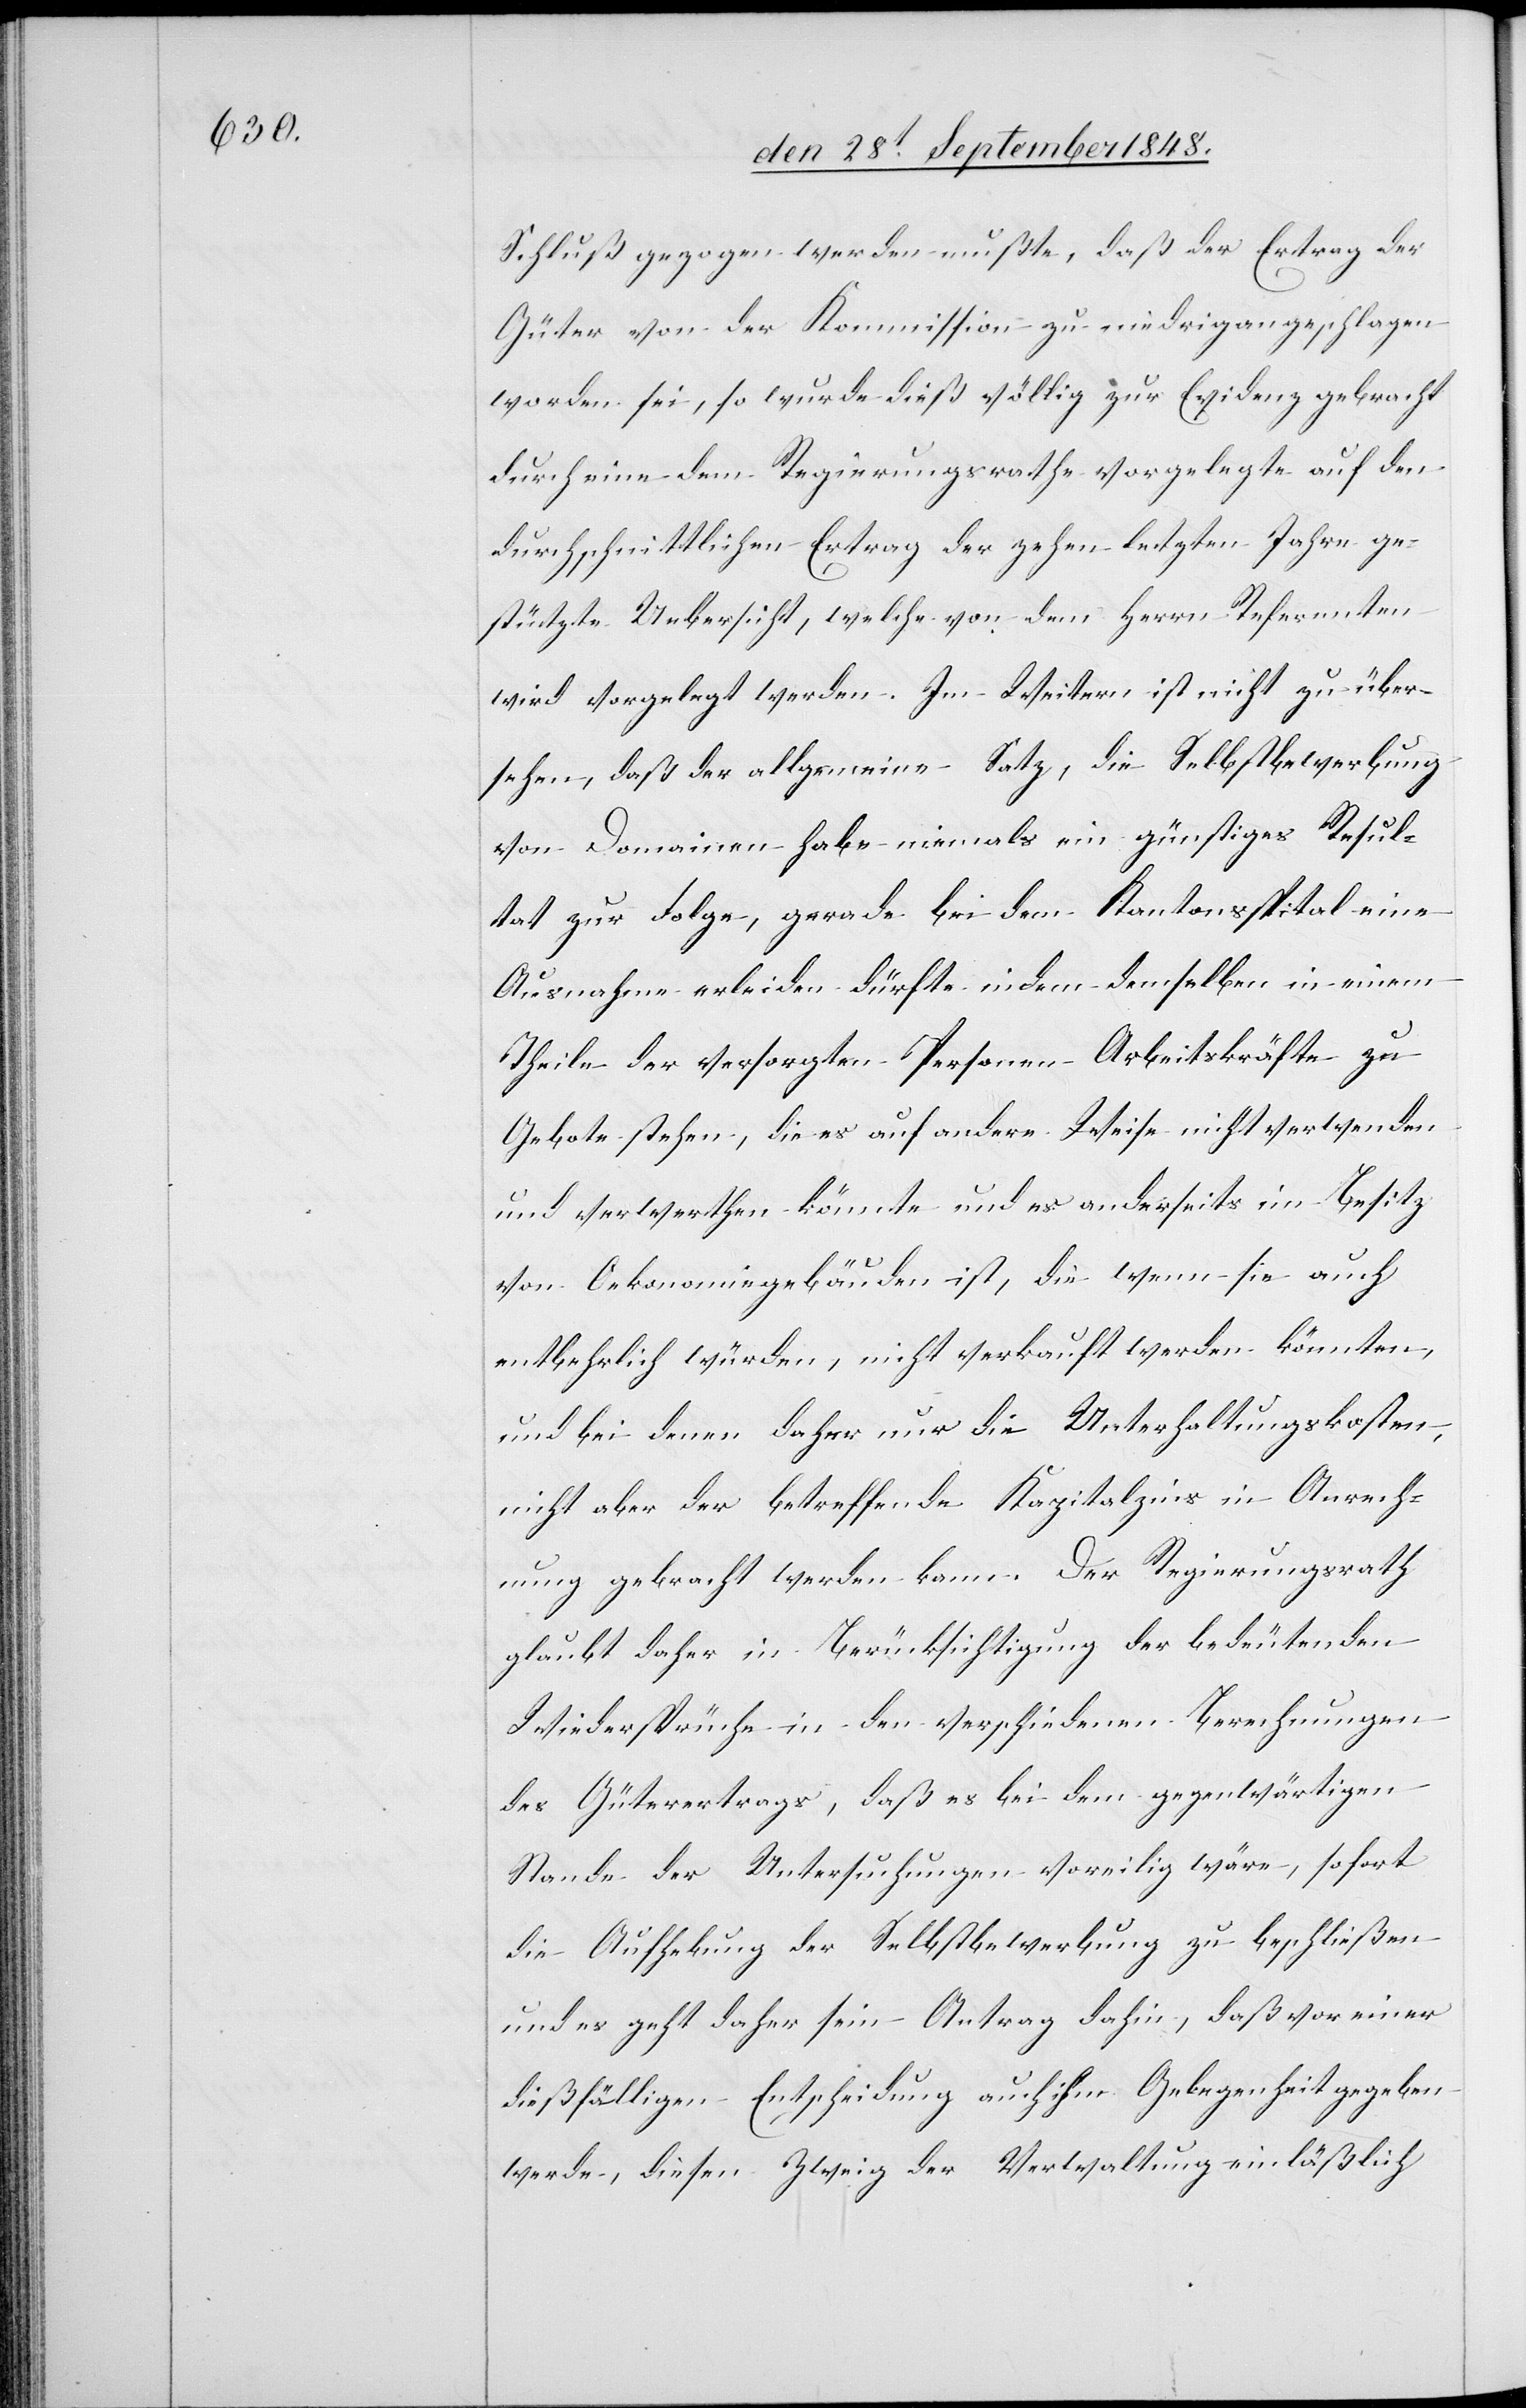
Schluß gezogen werden mußte, daß der Ertrag der
Güter von der Kommission zu niedrig angeschlagen
worden sei, so wurde dieß völlig zur Evidenz gebracht
durch eine dem Regierungsrathe vorgelegte auf den
durchschnittlichen Ertrag der zehen letzten Jahre ge¬
stützte Uebersicht, welche von dem Herrn Referenten
wird vorgelegt werden. Im Weitern ist nicht zu über¬
sehen, daß der allgemeine Satz, die Selbstbewerbung
von Domainen habe niemals ein günstiges Resul¬
tat zur Folge, gerade bei dem Kantonsspital eine
Ausnahme erleiden dürfte, indem demselben in einem
Theile der versorgten Personen Arbeitskräfte zu
Gebote stehen, die es auf andere Weise nicht verwenden
und verwerthen könnte und es anderseits im Besitz
von Oekonomiegebäuden ist, die wenn sie auch
entbehrlich würden, nicht verkauft werden könnten,
und bei denen daher nur die Unterhaltungskosten,
nicht aber der betreffende Kapitalzins in Anrech¬
nung gebracht werden kann. Der Regierungsrath
glaubt daher in Berücksichtigung der bedeutenden
Widersprüche in den verschiedenem Berechnungen
des Güterertrags, daß es bei dem gegenwärtigen
Stande der Untersuchungen voreilig wäre, sofort
die Aufhebung der Selbstbewerbung zu beschließen
und es geht daher sein Antrag dahin, daß vor einer
dießfälligen Entscheidung auch ihm Gelegenheit gegeben
werde, diesen Zweig der Verwaltung einläßlich